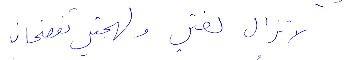
لا تزال لغتي ولهجتي تفضحان